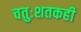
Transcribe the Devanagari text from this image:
चतुःशतकही